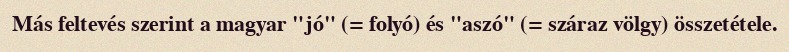
Más feltevés szerint a magyar "jó" (= folyó) és "aszó" (= száraz völgy) összetétele.